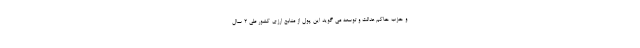
و حزب حاکم عدالت و توسعه می گوید این پول از منابع ارزی کشور طی 2 سال